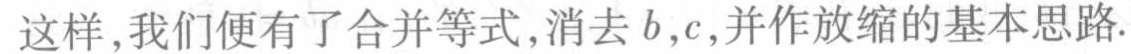
这样,我们便有了合并等式,消去\(b,c\),并作放缩的基本思路.